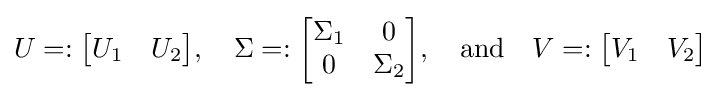
U=:{\begin{bmatrix}U_{1}&U_{2}\end{bmatrix}},\quad \Sigma =:{\begin{bmatrix}\Sigma _{1}&0\\0&\Sigma _{2}\end{bmatrix}},\quad {\text{and}}\quad V=:{\begin{bmatrix}V_{1}&V_{2}\end{bmatrix}}